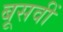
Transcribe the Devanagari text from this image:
बूसवीं